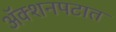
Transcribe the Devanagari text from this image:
अॅक्शनपटात